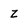
Character: Z